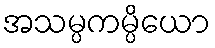
အသမ္ပကမ္ပိယော